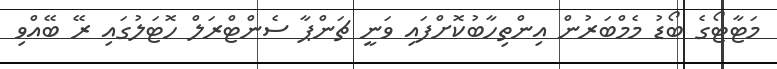
މަޓާޓޯގެ ބޯޑު މެމްބަރުން އިންތިހާބުކޮށްފައި ވަނީ ޗަންޕާ ސެންޓްރަލް ހޮޓަލުގައި ރޭ ބޭއްވި